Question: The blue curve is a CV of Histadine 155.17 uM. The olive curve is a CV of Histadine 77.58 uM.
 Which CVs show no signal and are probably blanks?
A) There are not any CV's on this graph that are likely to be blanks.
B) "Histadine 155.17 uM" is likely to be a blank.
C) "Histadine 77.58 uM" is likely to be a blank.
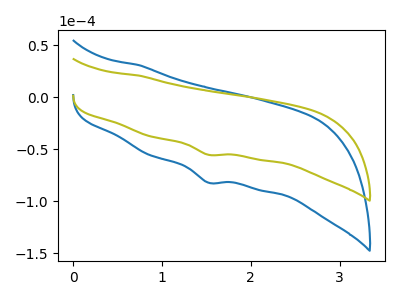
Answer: <think>The blue curve "Histadine 155.17 uM" has a cathodic peak at: (1.50V, -82.20uA). The olive curve "Histadine 77.58 uM" has a cathodic peak at: (1.50V, -55.40uA).</think>
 <answer>A) There are not any CV's on this graph that are likely to be blanks.</answer>
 <eval>A</eval>